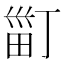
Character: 𤱹